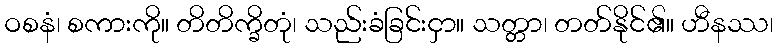
ဝစနံ၊ စကားကို။ တိတိက္ခိတုံ၊ သည်းခံခြင်းငှာ။ သတ္တာ၊ တတ်နိုင်၏။ ဟီနဿ၊